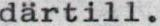
därtill.